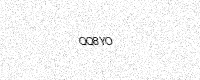
Text: QQ8YO